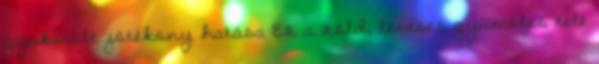
gyakorolt jótékony hatása Ez a zöld, leveses gyümölcs tele